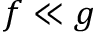
f \ll g